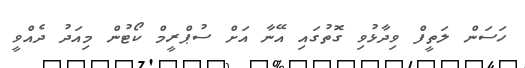
ހަސަން ލަތީފް ވިދާޅުވި ގޮތުގައި އޭނާ އަށް ސުޕްރީމް ކޯޓުން މިއަދު ދެއްވީ